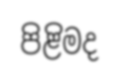
පිළිමද